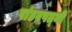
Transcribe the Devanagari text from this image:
पांडवपत्‍नी